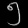
Digit: ၅